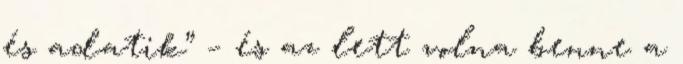
és adatik” – és az lett volna benne a